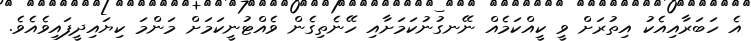
އެ ހަބަރާއިއެކު އިތުރަށް ވީ ކީއްކަމެއް ނޭނގުނުކަމަށާއި ހޭނެތިގެން ވެއްޓުނީކަމަށް މަންމަ ކިޔައިދީފައިވެއެވެ.